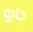
جارو